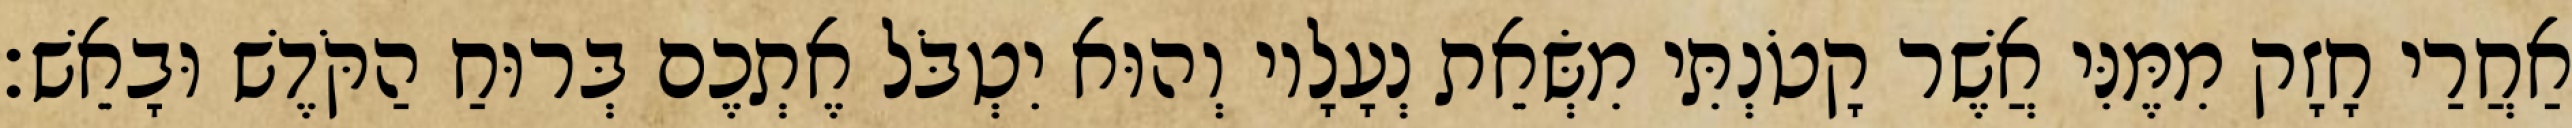
אַחֲרַי חָזָק מִמֶּנִּי אֲשֶׁר קָטֹנְתִּי מִשְּׂאֵת נְעָלָיו וְהוּא יִטְבֹּל אֶתְכֶם בְּרוּחַ הַקֹּדֶשׁ וּבָאֵשׁ׃